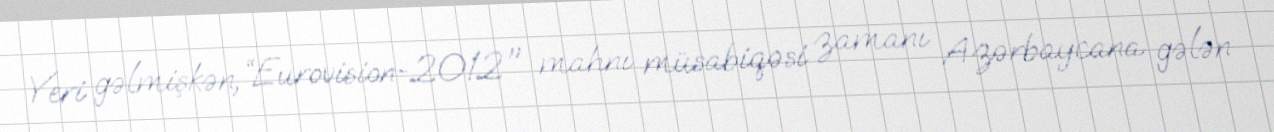
Yeri gəlmişkən, “Eurovision-2012" mahnı müsabiqəsi zamanı Azərbaycana gələn